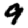
Digit: 9